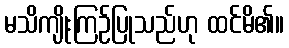
မသိကျိုးကြဉ်ပြုသည်ဟု ထင်မိ၏။